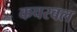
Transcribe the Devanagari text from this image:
कचरवल